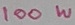
Text: 100W